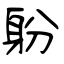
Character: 躮